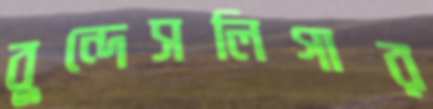
বুন্দেসলিগার